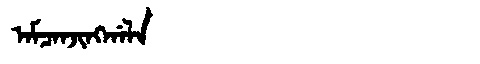
Manchu: ᠠᠮᠴᠠᠨᠵᡳᠩᡤᠠᠯᠠ
Romanization: AMCANJINGGALA